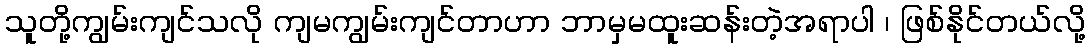
သူတို့ကျွမ်းကျင်သလို ကျမကျွမ်းကျင်တာဟာ ဘာမှမထူးဆန်းတဲ့အရာပါ ၊ ဖြစ်နိုင်တယ်လို့